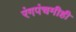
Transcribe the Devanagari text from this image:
रंगपंचमीही